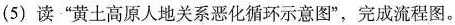
(5)读”黄土高原人地关系恶化循环示意图”，完成流程图。